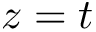
z = t